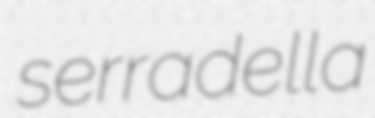
serradella